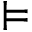
\vDash